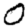
Digit: 0